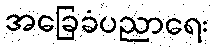
အခြေခံပညာရေး